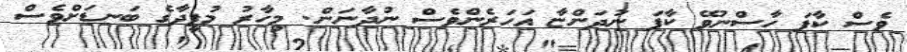
ވެސް ކާފަ ހާސްނުވޭ ކާފަ ނުދަންޏާ އަހަރެންވެސް ނުދާނަން. މިހާރު މުފީދާގެ ބަނޑަށްވެސް